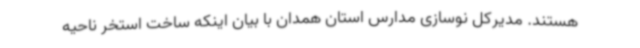
هستند. مدیرکل نوسازی مدارس استان همدان با بیان اینکه ساخت استخر ناحیه